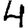
Digit: 4